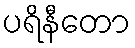
ပရိနီတော